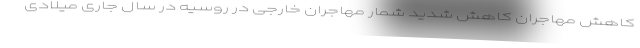
کاهش مهاجران کاهش شدید شمار مهاجران خارجی در روسیه در سال جاری میلادی